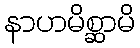
နာဟမိစ္ဆာမိ